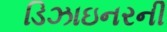
ડિઝાઇનરની